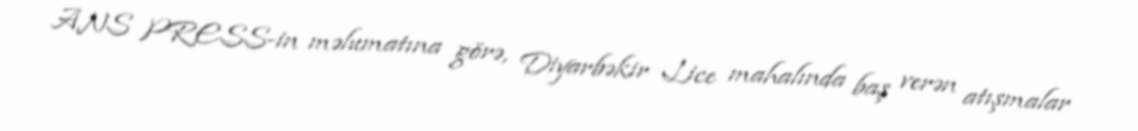
ANS PRESS-in məlumatına görə, Diyarbəkir Lice mahalında baş verən atışmalar